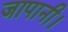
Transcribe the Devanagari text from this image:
जापानी।